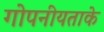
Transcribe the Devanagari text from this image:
गोपनीयताके